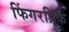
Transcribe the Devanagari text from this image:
फिंगरप्रिक